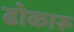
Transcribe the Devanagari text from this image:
ढोकारू